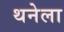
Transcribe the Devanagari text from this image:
थनेला